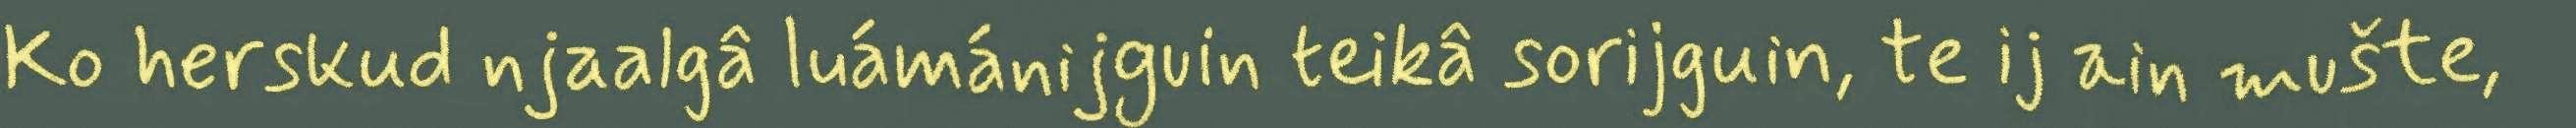
Ko herskud njaalgâ luámánijguin teikâ sorijguin, te ij ain mušte,